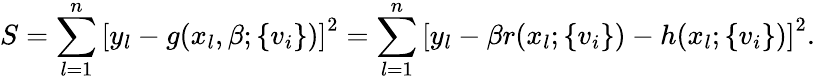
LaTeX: S=\sum_{l=1}^{n}\left[y_{l}-g(x_{l},\beta;\{ v_{i}\} )\right]^{2}=\sum_{l=1}^{n}\left[y_{l}-\beta r(x_{l};\{ v_{i}\} )-h(x_{l};\{ v_{i}\} )\right]^{2}.